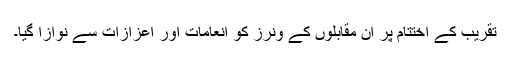
تقریب کے اختتام پر ان مقابلوں کے ونرز کو انعامات اور اعزازات سے نوازا گیا۔